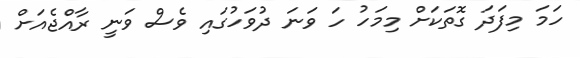
ހަމަ މިފަދަ ގޮތަކަށް މިމަހު ހަ ވަނަ ދުވަހުގައި ވެސް ވަނީ ރާއްޖެއަށް